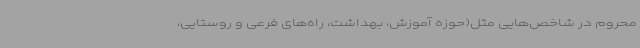
محروم در شاخص‌هایی مثل(حوزه آموزش، بهداشت، راه‌های فرعی و روستایی،